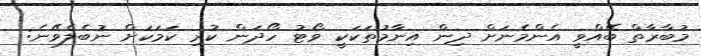
މުބާރާތް ބޭއްވީ އެންމެނަށް ދިން އިނާމުތަކަކީ ވޯޓު ހޯދަން ކުރި ކަމަކަށް ނުބެލެވޭނެ: